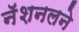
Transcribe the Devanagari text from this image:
नॅशनलने